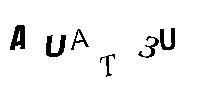
AUAT3U